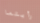
رأيتما